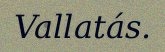
Vallatás.